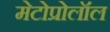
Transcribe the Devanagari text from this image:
मेटोप्रोलॉल